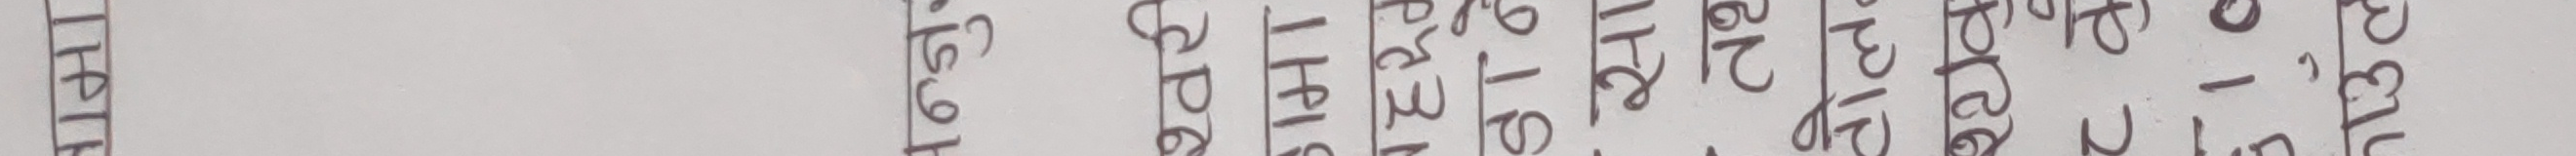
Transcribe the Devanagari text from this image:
१५२। १। २। ६९। अषाढ